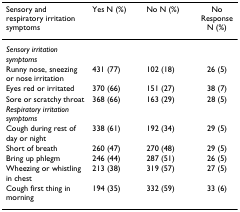
<table><thead><tr><td><b>Sensory and respiratory irritation symptoms</b></td><td><b>Yes N (%)</b></td><td><b>No N (%)</b></td><td><b>No Response N (%)</b></td></tr></thead><tbody><tr><td><i>Sensory irritation symptoms</i></td><td></td><td></td><td></td></tr><tr><td>Runny nose, sneezing or nose irritation</td><td>431 (77)</td><td>102 (18)</td><td>26 (5)</td></tr><tr><td>Eyes red or irritated</td><td>370 (66)</td><td>151 (27)</td><td>38 (7)</td></tr><tr><td>Sore or scratchy throat</td><td>368 (66)</td><td>163 (29)</td><td>28 (5)</td></tr><tr><td><i>Respiratory irritation symptoms</i></td><td></td><td></td><td></td></tr><tr><td>Cough during rest of day or night</td><td>338 (61)</td><td>192 (34)</td><td>29 (5)</td></tr><tr><td>Short of breath</td><td>260 (47)</td><td>270 (48)</td><td>29 (5)</td></tr><tr><td>Bring up phlegm</td><td>246 (44)</td><td>287 (51)</td><td>26 (5)</td></tr><tr><td>Wheezing or whistling in chest</td><td>213 (38)</td><td>319 (57)</td><td>27 (5)</td></tr><tr><td>Cough first thing in morning</td><td>194 (35)</td><td>332 (59)</td><td>33 (6)</td></tr></tbody></table>